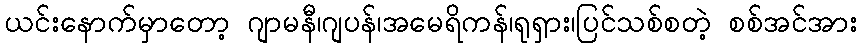
ယင်းနောက်မှာတော့ ဂျာမနီ၊ဂျပန်၊အမေရိကန်၊ရုရှား၊ပြင်သစ်စတဲ့ စစ်အင်အား